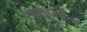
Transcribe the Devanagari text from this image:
भ्रमणाइतकाच